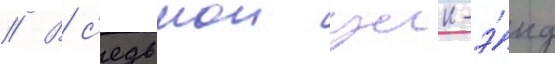
// В с'едьмои уик-э́нд